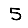
Digit: 5